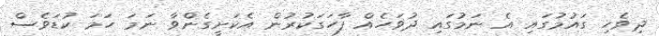
ދިވެހި ގައުމުގައި އެ ނަމުގައި ދުވަހެއް ފާހަގަކުރުން އެކަށީގެންވާ ނަމަ ހަމަ ކުޑަވެސް